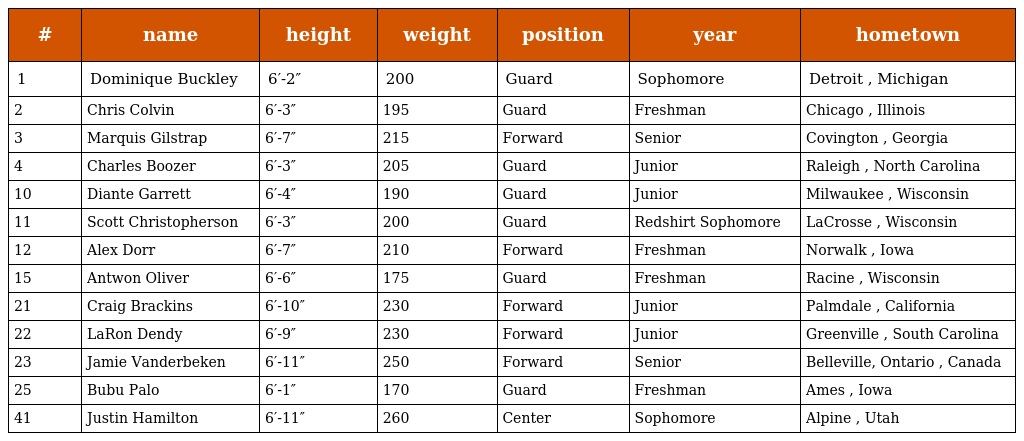
| # | name | height | weight | position | year | hometown |
 | --- | --- | --- | --- | --- | --- | --- |
 | 1 | Dominique Buckley | 6′-2″ | 200 | Guard | Sophomore | Detroit , Michigan |
 | 2 | Chris Colvin | 6′-3″ | 195 | Guard | Freshman | Chicago , Illinois |
 | 3 | Marquis Gilstrap | 6′-7″ | 215 | Forward | Senior | Covington , Georgia |
 | 4 | Charles Boozer | 6′-3″ | 205 | Guard | Junior | Raleigh , North Carolina |
 | 10 | Diante Garrett | 6′-4″ | 190 | Guard | Junior | Milwaukee , Wisconsin |
 | 11 | Scott Christopherson | 6′-3″ | 200 | Guard | Redshirt Sophomore | LaCrosse , Wisconsin |
 | 12 | Alex Dorr | 6′-7″ | 210 | Forward | Freshman | Norwalk , Iowa |
 | 15 | Antwon Oliver | 6′-6″ | 175 | Guard | Freshman | Racine , Wisconsin |
 | 21 | Craig Brackins | 6′-10″ | 230 | Forward | Junior | Palmdale , California |
 | 22 | LaRon Dendy | 6′-9″ | 230 | Forward | Junior | Greenville , South Carolina |
 | 23 | Jamie Vanderbeken | 6′-11″ | 250 | Forward | Senior | Belleville, Ontario , Canada |
 | 25 | Bubu Palo | 6′-1″ | 170 | Guard | Freshman | Ames , Iowa |
 | 41 | Justin Hamilton | 6′-11″ | 260 | Center | Sophomore | Alpine , Utah |